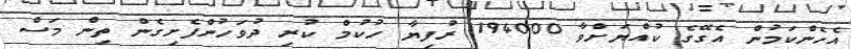
އެހެންކަމުން އެގޭގެ ކުއްޔަށްވާ 194000 ރުފިޔާ ހުކުމް ކުރި ދުވަހުންފެށިގެން ތިން މަސް